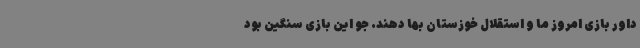
داور بازی امروز ما و استقلال خوزستان بها دهند. جو این بازی سنگین بود